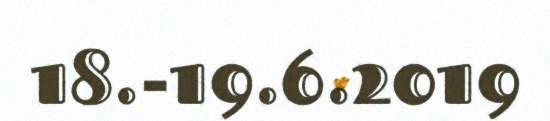
18.-19.6.2019